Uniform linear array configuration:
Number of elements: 64
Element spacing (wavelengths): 0.25
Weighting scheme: hann
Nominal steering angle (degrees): -45
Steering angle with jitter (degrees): -43.772
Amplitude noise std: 0.05
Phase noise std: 0.05

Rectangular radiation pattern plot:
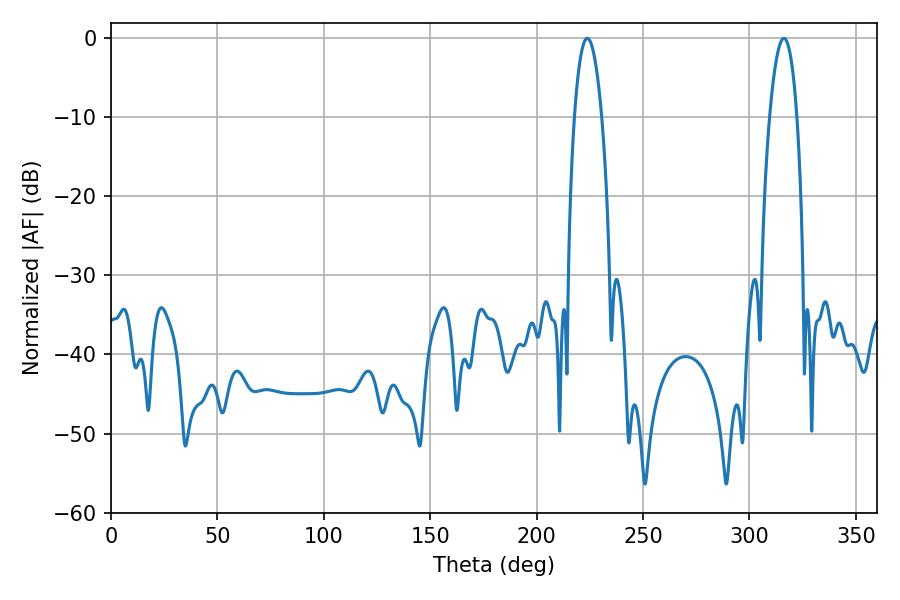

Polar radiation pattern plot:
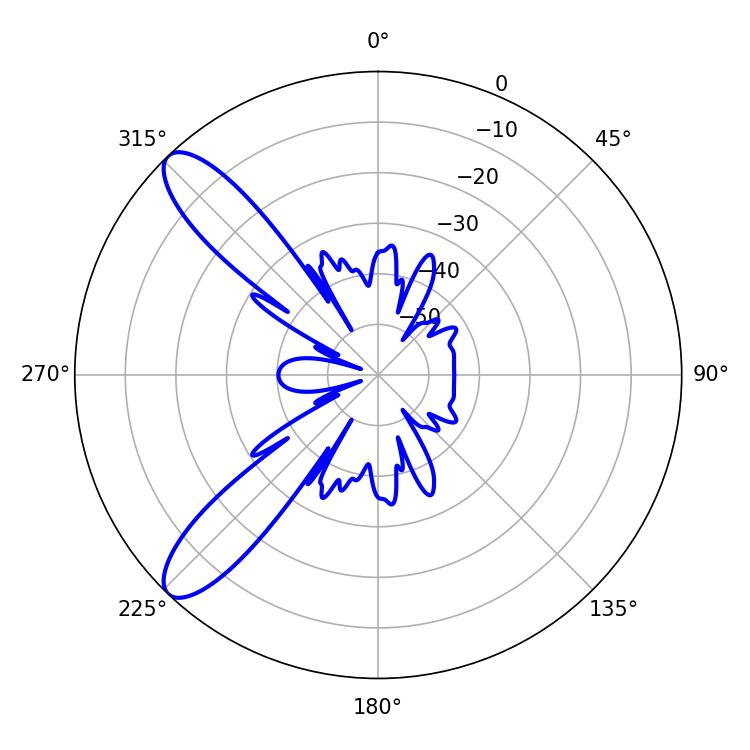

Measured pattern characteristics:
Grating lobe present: FALSE
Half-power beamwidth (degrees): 7.2
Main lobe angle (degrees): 223.74